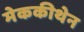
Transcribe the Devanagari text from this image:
मेककीथेन